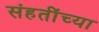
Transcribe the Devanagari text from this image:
संहतींच्या